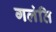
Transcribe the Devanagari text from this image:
गलंति